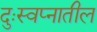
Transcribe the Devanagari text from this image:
दुःस्वप्नातील